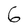
Character: 6